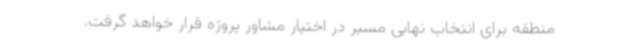
منطقه برای انتخاب نهایی مسیر در اختیار مشاور پروژه قرار خواهد گرفت.